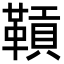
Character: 𩌌